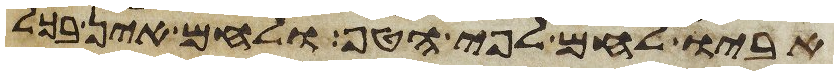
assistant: אביו לחם לפי הטף ולחם אין בכל